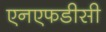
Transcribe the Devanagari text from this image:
एनएफडीसी